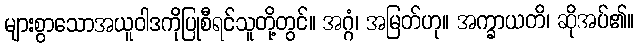
များစွာသောအယူဝါဒကိုပြုစီရင်သူတို့တွင်။ အဂ္ဂံ၊ အမြတ်ဟု။ အက္ခာယတိ၊ ဆိုအပ်၏။